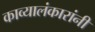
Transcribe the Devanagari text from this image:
काव्यालंकारांनी